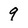
Character: 9